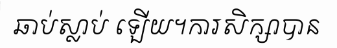
ឆាប់ស្លាប់ ឡើយ។ការសិក្សាបាន